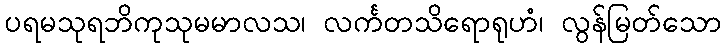
ပရမသုရဘိကုသုမမာလသ၊ လင်္ကတသိရောရုဟံ၊ လွန်မြတ်သော